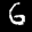
Label: 6